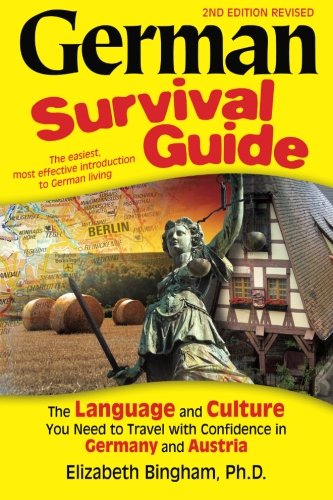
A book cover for German Survival Guide: The Language and Culture You Need to Travel with Confidence in Germany and Austria; Elizabeth Bingham; Travel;